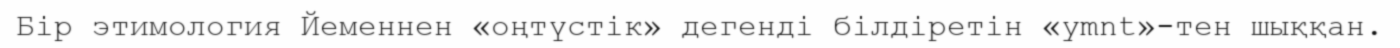
Бір этимология Йеменнен «оңтүстік» дегенді білдіретін «ymnt»-тен шыққан.